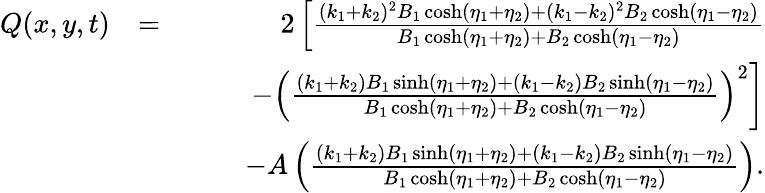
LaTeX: \begin{array}{rlr}{Q(x,y,t)}&{=}&{2\left[\frac{(k_{1}+k_{2})^{2}B_{1}\cosh(\eta_{1}+\eta_{2})+(k_{1}-k_{2})^{2}B_{2}\cosh(\eta_{1}-\eta_{2})}{B_{1}\cosh(\eta_{1}+\eta_{2})+B_{2}\cosh(\eta_{1}-\eta_{2})}\right.}\\ &{}&{\qquad\left.-\left(\frac{(k_{1}+k_{2})B_{1}\sinh(\eta_{1}+\eta_{2})+(k_{1}-k_{2})B_{2}\sinh(\eta_{1}-\eta_{2})}{B_{1}\cosh(\eta_{1}+\eta_{2})+B_{2}\cosh(\eta_{1}-\eta_{2})}\right)^{2}\right]}\\ &{}&{\qquad-A\left(\frac{(k_{1}+k_{2})B_{1}\sinh(\eta_{1}+\eta_{2})+(k_{1}-k_{2})B_{2}\sinh(\eta_{1}-\eta_{2})}{B_{1}\cosh(\eta_{1}+\eta_{2})+B_{2}\cosh(\eta_{1}-\eta_{2})}\right).}\end{array}